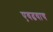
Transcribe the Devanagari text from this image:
एवढयाच